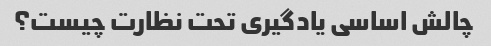
چالش اساسی یادگیری تحت نظارت چیست؟